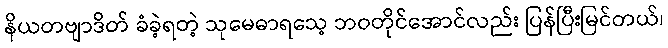
နိယတဗျာဒိတ် ခံခဲ့ရတဲ့ သုမေဓာရသေ့ ဘဝတိုင်အောင်လည်း ပြန်ပြီးမြင်တယ်၊